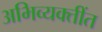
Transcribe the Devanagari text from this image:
अभिव्यक्तींत